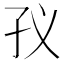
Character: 𭒻